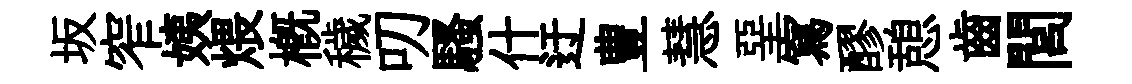
坂窄姨煨槪穢叨騷什迂豊慧堊寫醪憩齒閭